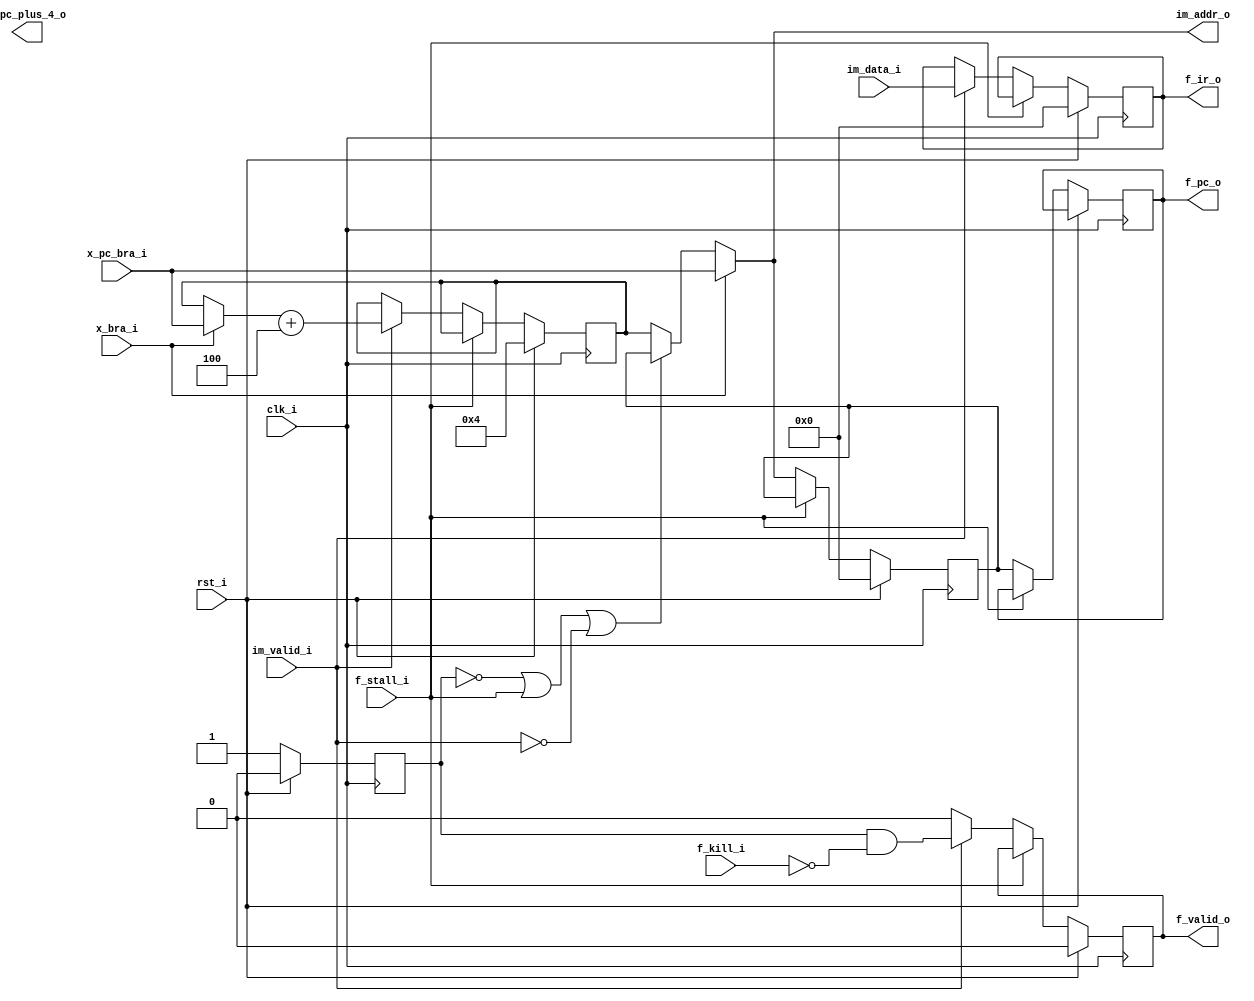
/*

 uRV - a tiny and dumb RISC-V core
 Copyright (c) 2015 CERN
 Author: Tomasz Wostowski <tomasz.wlostowski@cern.ch>

 This library is free software; you can redistribute it and/or
 modify it under the terms of the GNU Lesser General Public
 License as published by the Free Software Foundation; either
 version 3.0 of the License, or (at your option) any later version.

 This library is distributed in the hope that it will be useful,
 but WITHOUT ANY WARRANTY; without even the implied warranty of
 MERCHANTABILITY or FITNESS FOR A PARTICULAR PURPOSE.  See the GNU
 Lesser General Public License for more details.

 You should have received a copy of the GNU Lesser General Public
 License along with this library.
 
*/

`timescale 1ns/1ps

module urv_fetch 
(
 input 		   clk_i,
 input 		   rst_i,

 input 		   f_stall_i,
 input 		   f_kill_i,
 
 output [31:0] 	   im_addr_o,
 input [31:0] 	   im_data_i,
 input 		   im_valid_i,

 output reg 	   f_valid_o,
 output [31:0] 	   f_ir_o,
 output reg [31:0] f_pc_o,
 output reg [31:0] f_pc_plus_4_o,
  
 input [31:0] 	   x_pc_bra_i,
 input 		   x_bra_i
);

   reg [31:0] pc;
   reg [31:0] ir ,ir_prev;
   reg 	      rst_d;

   reg [31:0]  pc_next;
   reg [31:0]  pc_plus_4;
   
   
   always@*
     if( x_bra_i )
       pc_next <= x_pc_bra_i;
     else if (!rst_d || f_stall_i || !im_valid_i)
       pc_next <= pc;
     else
       pc_next <= pc_plus_4;
   
   assign f_ir_o = ir;
   assign im_addr_o = pc_next;
       
   
   always@(posedge clk_i)
     if (rst_i) begin
	pc <= 0;
	pc_plus_4 <= 4;
	
	ir <= 0;
	f_valid_o <= 0;
	rst_d <= 0;
	
     end else begin
	rst_d <= 1;
	
	if (!f_stall_i) begin

	   if(im_valid_i)
	     pc_plus_4 <= (x_bra_i ? x_pc_bra_i : pc_plus_4) + 4;
	   
	   pc <= pc_next;

	   f_pc_o <= pc;

	   if(im_valid_i) begin
	      ir <= im_data_i; 
	      f_valid_o <= (rst_d && !f_kill_i);
	   end else begin// if (i_valid_i)
	      f_valid_o <= 0;
	   end
	   
	end 
     end // else: !if(rst_i)

endmodule // urv_fetch